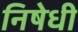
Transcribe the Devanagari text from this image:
निषेधी